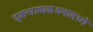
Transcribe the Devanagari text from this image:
दृकश्राव्यकथनामध्ये